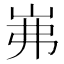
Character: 岪